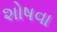
શોષવા